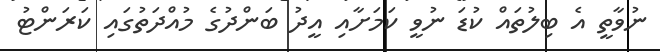
ނުވާތީ އެ ބިލުތައް ކުޑަ ނުވީ ކަމަށާއި އީދު ބަންދުގެ މުއްދަތުގައި ކަރަންޓު